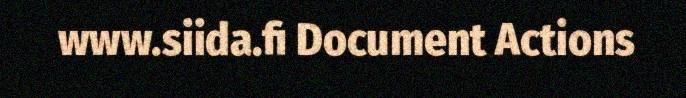
www.siida.fi Document Actions